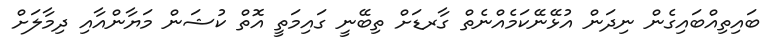
ބައިތިއްބައިގެން ނިދަން އުޅޭނޭކަމެއްނެތް ގާރޑަށް ތިބޭނީ ގައިމަތީ އޮތް ކުޝަން މަޔާންއާއި ދިމާލަށް